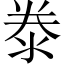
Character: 𣳾